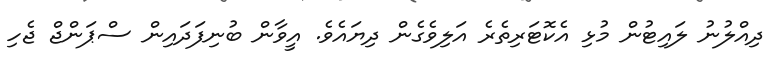
ދިއްލުނު ލައިޓުން މުޅި އެކޮޓަރިތެރެ އަލިވެގެން ދިޔައެވެ. އީވާން ބުނިފަދައިން ސްޕަންޖް ޖެހި